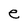
Character: e